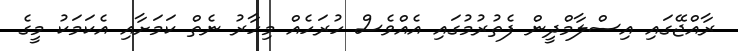
ރާއްޖޭގައި އިސްލާމްދީން ފެތުރުމުގައި އެއްވެސް ހުރަހެއް މިހާރު ނެތް ކަމަށާއި އެކަމަކު މީގެ